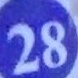
28